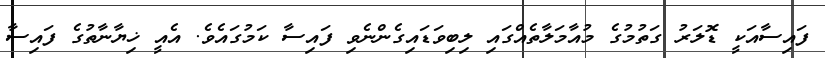
ފައިސާއަކީ ޑޮލަރު ގަތުމުގެ މުއާމަލާތެއްގައި ލިބިވަޑައިގެންނެވި ފައިސާ ކަމުގައެވެ. އެއީ ޚިޔާނާތުގެ ފައިސާ